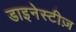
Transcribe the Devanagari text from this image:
डाइनेस्टीज़